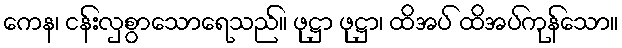
ကေန၊ ငန်းလှစွာသောရေသည်။ ဖုဋ္ဌာ ဖုဋ္ဌာ၊ ထိအပ် ထိအပ်ကုန်သော။